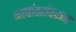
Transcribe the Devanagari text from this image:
भाषांतरांवरून